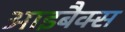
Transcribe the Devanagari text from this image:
आइबैक्स